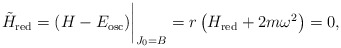
\begin{align*}{\tilde H}_{\rm red}=(H-E_{\rm osc} )\bigg\vert_{J_0=B}= r\left(H_{\rm red}+2m\omega^2\right) =0, \end{align*}